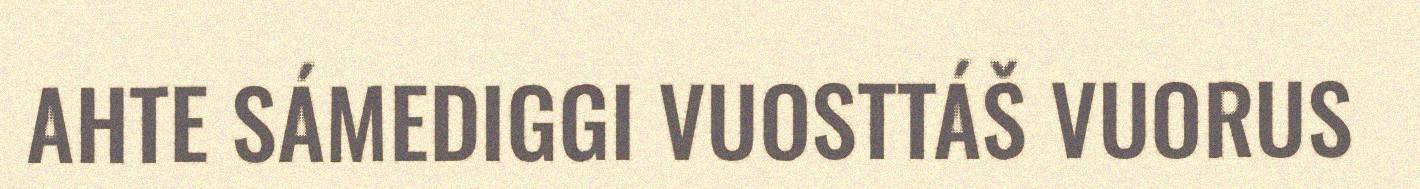
AHTE SÁMEDIGGI VUOSTTÁŠ VUORUS